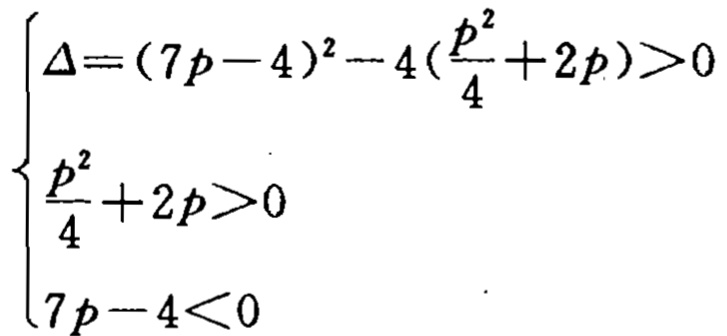
\[
\begin{cases}
\Delta=(7p - 4)^2 - 4(\frac{p^2}{4}+2p)>0 \\
\frac{p^2}{4}+2p>0 \\
7p - 4<0
\end{cases}
\]